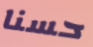
حسنا